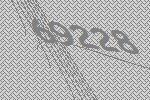
69228